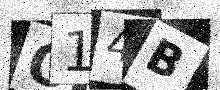
Text: O14B